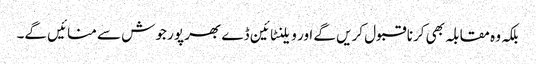
بلکہ وہ مقابلہ بھی کرنا قبول کریں گے اور ویلنٹائین ڈے بھر پور جوش سے منائیں گے۔